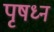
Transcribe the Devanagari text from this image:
पृषध्न